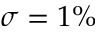
\sigma = 1 \%